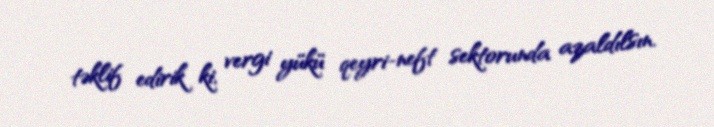
təklif edirik ki, vergi yükü qeyri-neft sektorunda azaldılsın.